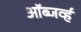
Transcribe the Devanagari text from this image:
ऑब्जर्व्ह